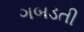
ગબડતી